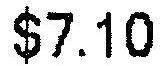
$7.10